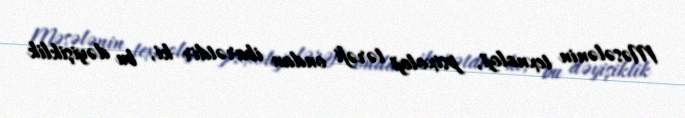
Məsələnin texnoloji, psixoloji tərəfi ondan ibarətdir ki, bu dəyişiklik